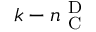
k - n _ { \mathrm { ~ C ~ } } ^ { \mathrm { ~ D ~ } }